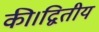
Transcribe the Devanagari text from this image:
की।द्वितीय